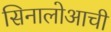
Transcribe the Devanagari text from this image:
सिनालोआची